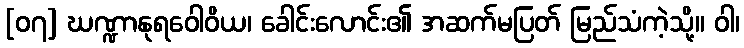
[၀၇] ဃဏ္ဍာနုရဝေါဝိယ၊ ခေါင်းလောင်း၏ အဆက်မပြတ် မြည်သံကဲ့သို့။ ဝါ၊